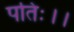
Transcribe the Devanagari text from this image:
पतिः।।